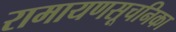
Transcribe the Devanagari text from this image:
रामायणसूचनिका